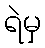
ရဲမှ